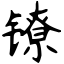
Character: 镣